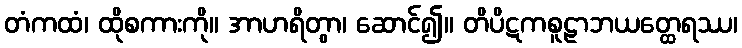
တံကထံ၊ ထိုစကားကို။ အာဟရိတွာ၊ ဆောင်၍။ တိပိဋကစူဠာဘယတ္ထေရဿ၊